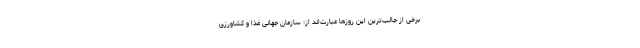
برخی از جالب‌ترین این روزها عبارت‌اند از: سازمان جهانی غذا و کشاورزی